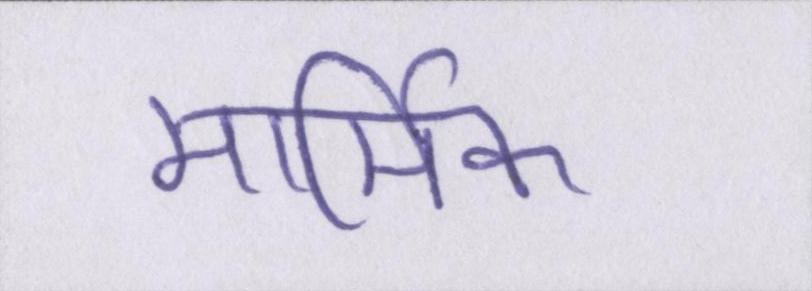
मार्मिक